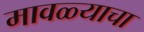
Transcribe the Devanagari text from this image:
मावळ्याचा